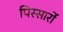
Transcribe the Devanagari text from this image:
पिस्सार्रो